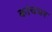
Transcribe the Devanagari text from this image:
कांचघर